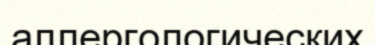
аллергологических